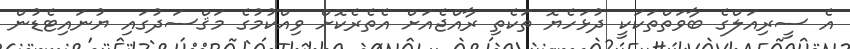
އެ ސީރިއަލްގެ ބާވަތްތަކަކީ ދުޅަހެޔޮ ތަކެތި ރާއްޖެއަށް އެތެރެކޮށް ވިއްކުމުގެ މަޤްސަދުގައި ޔުނައިޓެޑުން